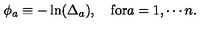
\phi _ { a } \equiv - \ln ( \Delta _ { a } ) , \quad \mathrm { f o r } a = 1 , \cdots n .